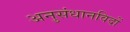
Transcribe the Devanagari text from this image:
अनुसंधानविदों